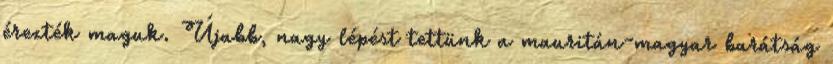
érezték maguk. Újabb, nagy lépést tettünk a mauritán-magyar barátság